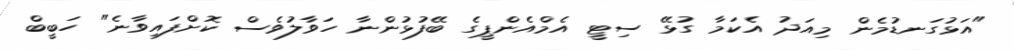
"އަޅުގަނޑުމެން މިއަދު އެކަމާ ގުޅޭ ސިޓީ އެމްއެންޕީގެ ބޭފުޅުންނާ ހަވާލުވެސް ކޮށްފައިވާނެ" ހަބީބް